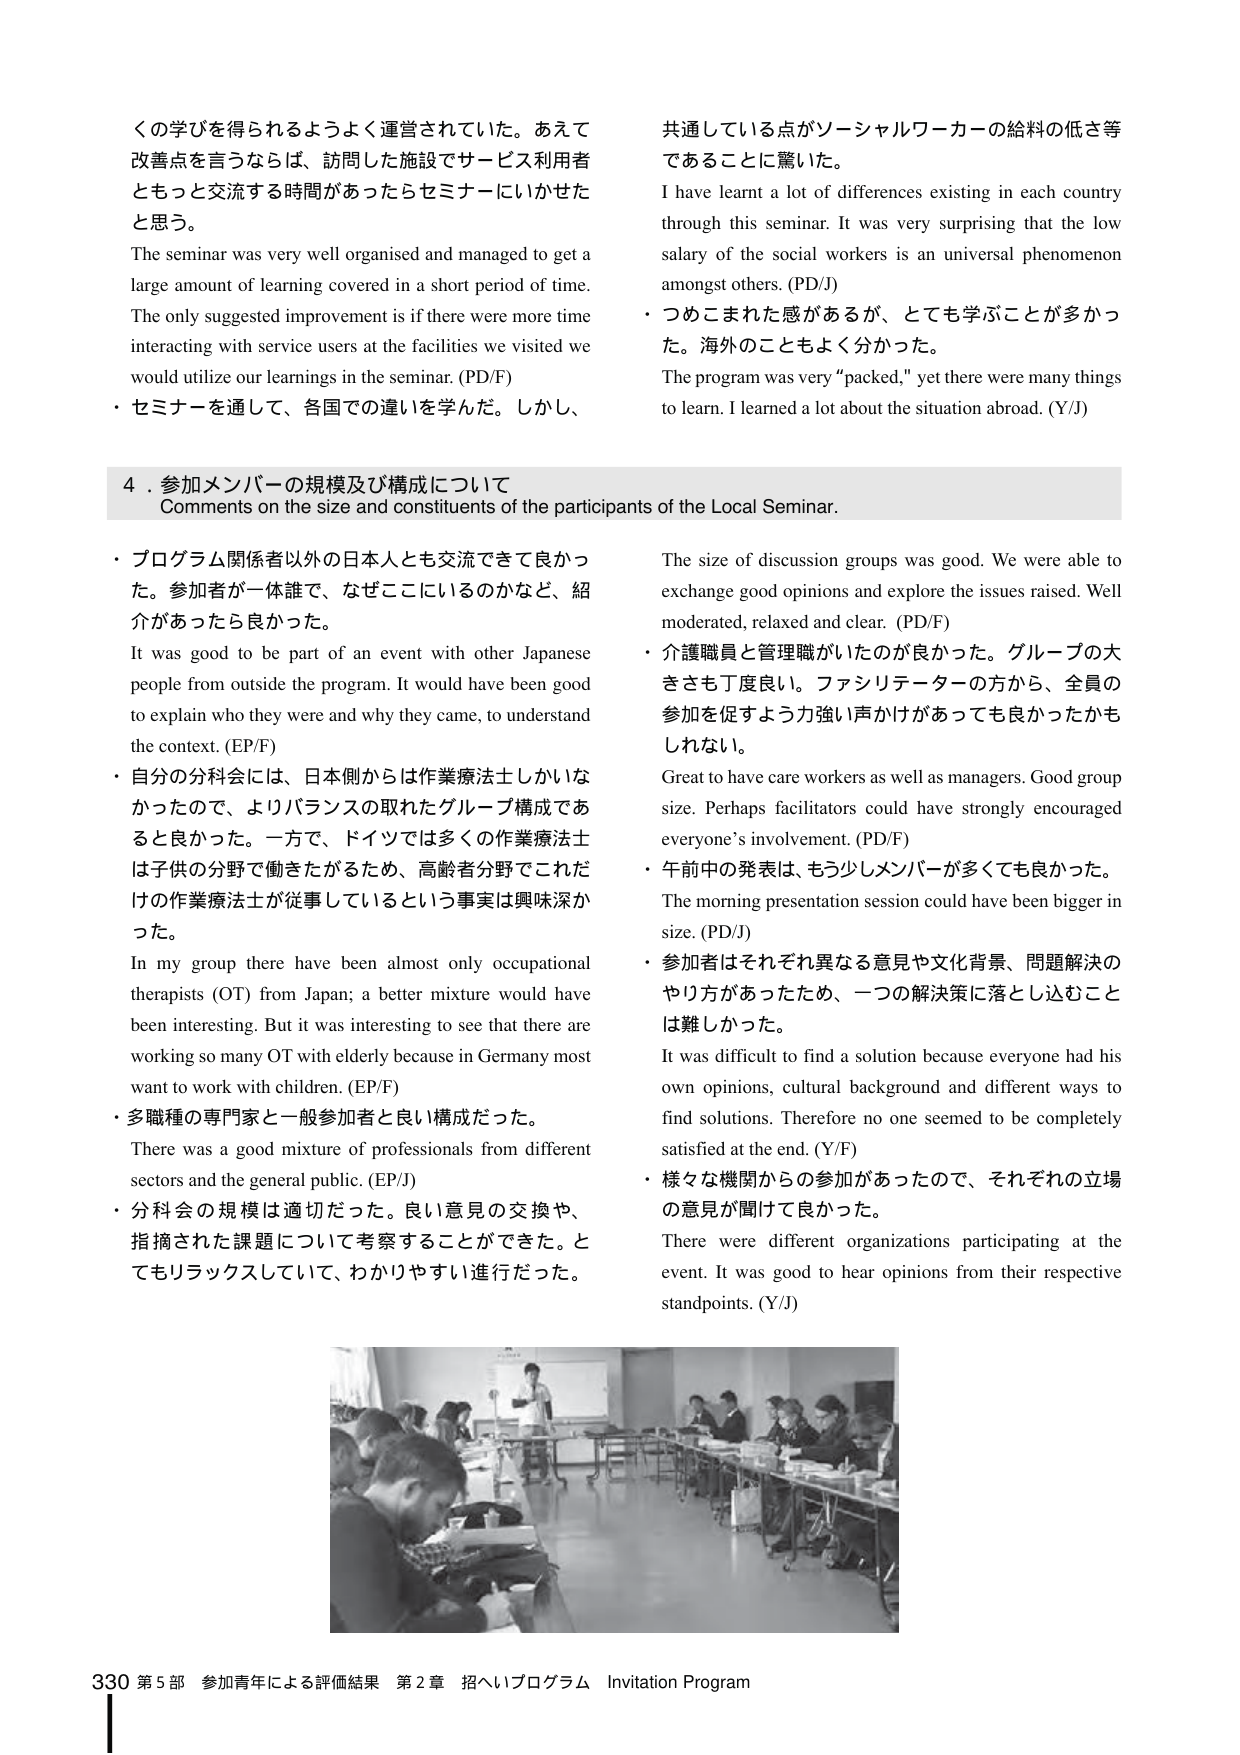
くの学びを得られるようよく運営されていた。あえて改善点を言うならば、訪問した施設でサービス利用者ともっと交流する時間があったらセミナーにいかせたと思う。
The seminar was very well organised and managed to get a large amount of learning covered in a short period of time. The only suggested improvement is if there were more time interacting with service users at the facilities we visited we would utilize our learnings in the seminar. (PD/F)
・セミナーを通して、各国での違いを学んだ。しかし、
共通している点がソーシャルワーカーの給料の低さ等であることに驚いた。
I have learnt a lot of differences existing in each country through this seminar. It was very surprising that the low salary of the social workers is an universal phenomenon amongst others. (PD/J)
・つめこまれた感があるが、とても学ぶことが多かった。海外のこともよく分かった。
The program was very “packed,” yet there were many things to learn. I learned a lot about the situation abroad. (Y/J)

4．参加メンバーの規模及び構成について
Comments on the size and constituents of the participants of the Local Seminar.

・プログラム関係者以外の日本人とも交流できて良かった。参加者が一体誰で、なぜここにいるのかなど、紹介があったら良かった。
It was good to be part of an event with other Japanese people from outside the program. It would have been good to explain who they were and why they came, to understand the context. (EP/F)
・自分の分科会には、日本側からは作業療法士しかいなかったので、よりバランスの取れたグループ構成であると良かった。一方で、ドイツでは多くの作業療法士は子供の分野で働きがちため、高齢者分野でこれだけの作業療法士が従事しているという事実は興味深かった。
In my group there have been almost only occupational therapists (OT) from Japan; a better mixture would have been interesting. But it was interesting to see that there are working so many OT with elderly because in Germany most want to work with children. (EP/F)
・多職種の専門家と一般参加者と良い構成だった。
There was a good mixture of professionals from different sectors and the general public. (EP/J)
・分科会の規模は適切だった。良い意見の交換や、指摘された課題について考察することができた。とてもリラックスしていて、わかりやすい進行だった。
The size of discussion groups was good. We were able to exchange good opinions and explore the issues raised. Well moderated, relaxed and clear. (PD/F)
・介護職員と管理職がいたのが良かった。グループの大きさも丁度良い。ファシリテーターの方から、全員の参加を促すよう力強い声かけがあっても良かったかもしれない。
Great to have care workers as well as managers. Good group size. Perhaps facilitators could have strongly encouraged everyone’s involvement. (PD/F)
・午前中の発表は、もう少しメンバーが多くても良かった。
The morning presentation session could have been bigger in size. (PD/J)
・参加者はそれぞれ異なる意見や文化背景、問題解決のやり方があったため、一つの解決策に落とし込むことは難しかった。
It was difficult to find a solution because everyone had his own opinions, cultural background and different ways to find solutions. Therefore no one seemed to be completely satisfied at the end. (Y/F)
・様々な機関からの参加があったので、それぞれの立場の意見が聞けて良かった。
There were different organizations participating at the event. It was good to hear opinions from their respective standpoints. (Y/J)

330 第5部 参加青年による評価結果 第2章 招へいプログラム Invitation Program